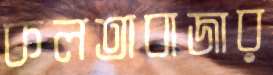
কলতাবাজার